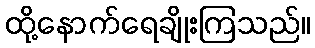
ထို့နောက်ရေချိုးကြသည်။